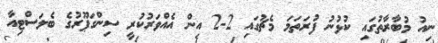
ނިއު މުބާރާތުގައި ކުޅުނު ފުރަތަމަ މެޗުގައި 2-2 އިން އެއްވަރުކުރީ ސިންގަޕޫރުގެ ބެލަސްޓިއާ